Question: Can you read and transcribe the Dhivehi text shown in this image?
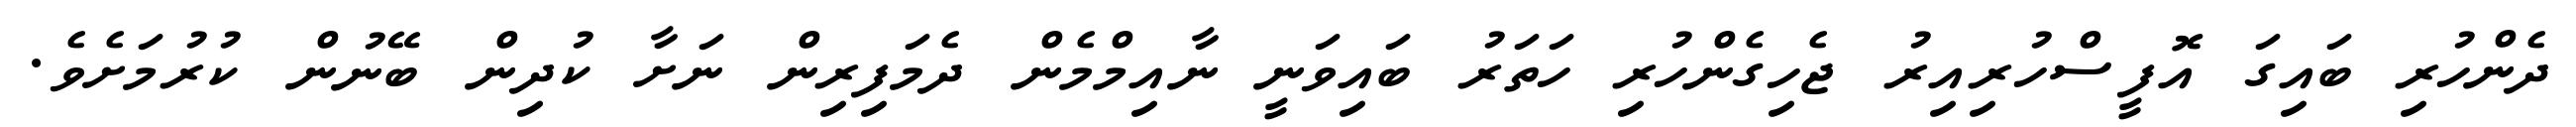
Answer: ދެންހުރި ބައިގަ އޮފީސްހުރިއިރު ޖެހިގެންހުރި ހަތަރު ބައިވަނީ ނާއިމްމެން ދެމަފިރިން ނަށާ ކުދިން ބޭނުން ކުރުމަށެވެ.